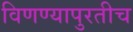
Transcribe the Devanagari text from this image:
विणण्यापुरतीच